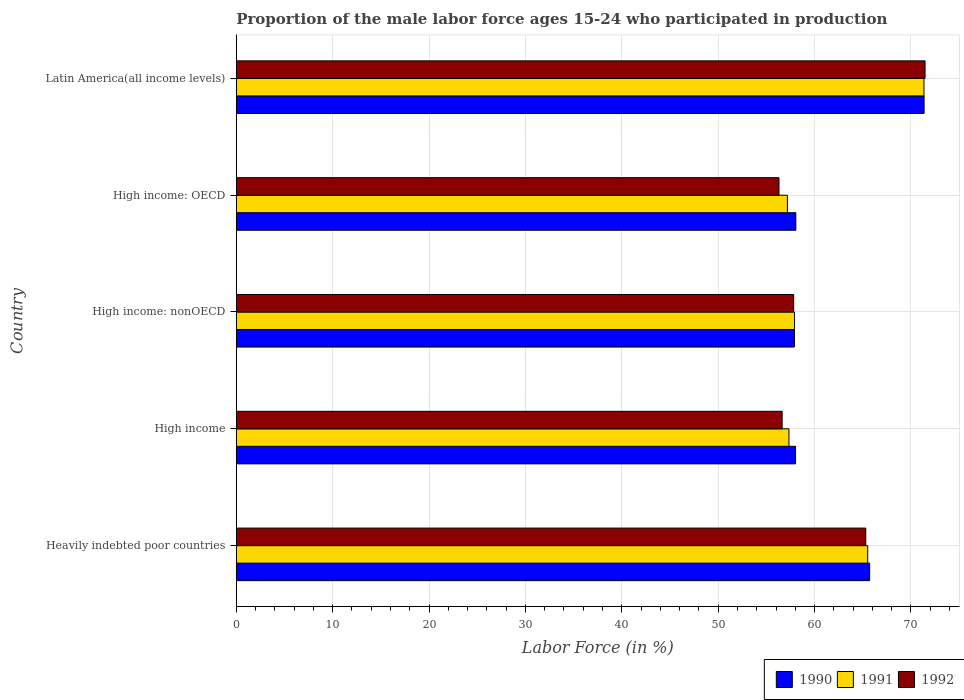
| Country | 1990 | 1991 | 1992 |
 | --- | --- | --- | --- |
 | Heavily indebted poor countries | 65.7 | 65.5 | 65.3 |
 | High income | 58 | 57.3 | 56.6 |
 | High income: nonOECD | 57.9 | 57.9 | 57.8 |
 | High income: OECD | 58.1 | 57.2 | 56.3 |
 | Latin America(all income levels) | 71.4 | 71.4 | 71.5 |